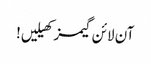
آن لائن گیمز کھیلیں!